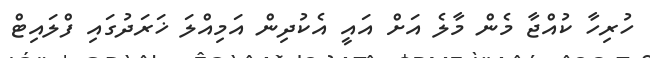
ހުރިހާ ކުއްޖާ މެން މާލެ އަށް އައީ އެކުދިން އަމިއްލަ ޚަރަދުގައި ފްލައިޓް